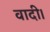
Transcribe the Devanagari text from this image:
वादी।